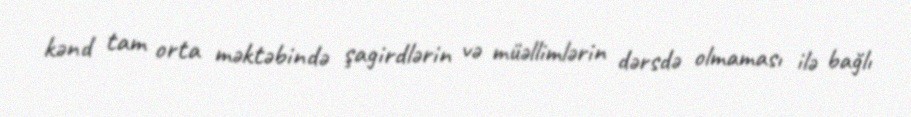
kənd tam orta məktəbində şagirdlərin və müəllimlərin dərsdə olmaması ilə bağlı